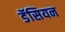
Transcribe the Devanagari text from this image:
डॅसियन